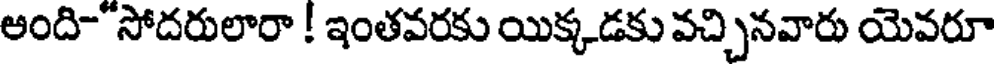
అంది సోదరులారా ! ఇంతవరకు యిక్కడకు వచ్చినవారు యెవరూ